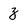
Character: z